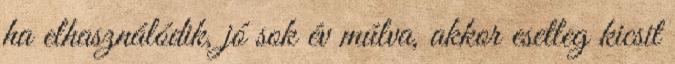
ha elhasználódik, jó sok év múlva, akkor esetleg kicsit